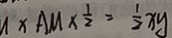
x A M \times \frac { 1 } { 2 } = \frac { 1 } { 2 } x y